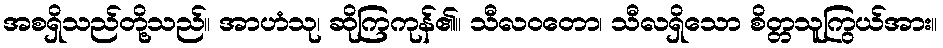
အစရှိသည်တို့သည်။ အာဟံသု၊ ဆိုကြကုန်၏။ သီလဝတော၊ သီလရှိသော စိတ္တသူကြွယ်အား။